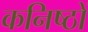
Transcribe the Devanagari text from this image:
कनिष्ठों